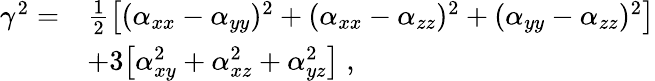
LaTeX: \begin{array}{rl}{\gamma^{2}=}&{\frac{1}{2}\big[(\alpha_{xx}-\alpha_{yy})^{2}+(\alpha_{xx}-\alpha_{zz})^{2}+(\alpha_{yy}-\alpha_{zz})^{2}\big]}\\ &{+3\big[\alpha_{xy}^{2}+\alpha_{xz}^{2}+\alpha_{yz}^{2}\big]\; ,}\end{array}